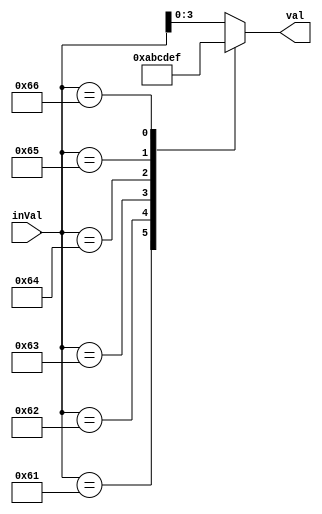
//
// asciiHex2Bin
// convert 0-9a-f to a 4 bit binary value
//

module asciiHex2Bin (
		  output reg [3:0] val,
		  input [7:0]  inVal);

   always @(*) begin
      casex (inVal)
	8'h61 : val = 4'ha;
	8'h62 : val = 4'hb;
	8'h63 : val = 4'hc;
	8'h64 : val = 4'hd;
	8'h65 : val = 4'he;
	8'h66 : val = 4'hf;
	default  : val = inVal[3:0];
      endcase // casex (inVal)
   end // always @ (*)
endmodule